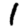
Digit: 1